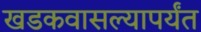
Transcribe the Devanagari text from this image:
खडकवासल्यापर्यंत